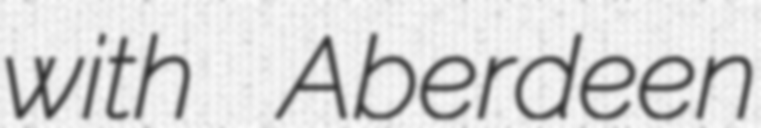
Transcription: with Aberdeen